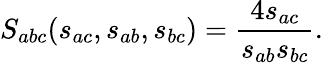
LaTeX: S_{abc}(s_{ac},s_{ab},s_{bc})=\frac{4s_{ac}}{s_{ab}s_{bc}}.